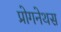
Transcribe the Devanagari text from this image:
प्रोगनेथस